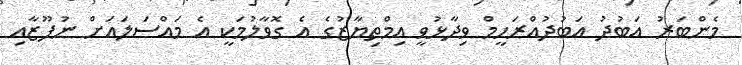
މެންބަރު އަބުދު އަބުދުއްރަހީމް ވިދާޅުވީ އިމްތިޔާޒުގެ އެ ގޮވާލުމަކީ އެ މައްސަލައަށް ނުފޫޒާއި